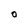
Character: o